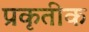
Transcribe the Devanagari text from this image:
प्रकृतीक